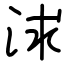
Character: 浗